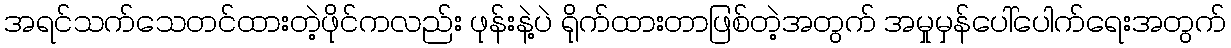
အရင်သက်သေတင်ထားတဲ့ဖိုင်ကလည်း ဖုန်းနဲ့ပဲ ရိုက်ထားတာဖြစ်တဲ့အတွက် အမှုမှန်ပေါ်ပေါက်ရေးအတွက်